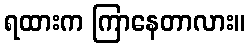
ရထားက ကြာနေတာလား။